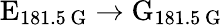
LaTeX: \textrm{E}_{181.5\, \mathrm{G}}\rightarrow\textrm{G}_{181.5\, \mathrm{G}}